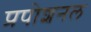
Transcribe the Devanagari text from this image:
प्रपोशनल